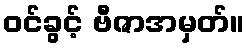
ဝင်ခွင့် ဗီဇာအမှတ်။